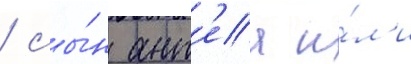
/ сы́н ант'еа и́л'и